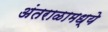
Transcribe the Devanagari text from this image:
अंतराळामध्ये